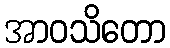
အာဝသိတော